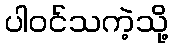
ပါဝင်သကဲ့သို့